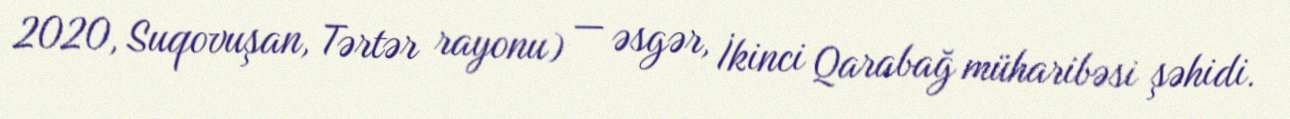
2020, Suqovuşan, Tərtər rayonu) — əsgər, İkinci Qarabağ müharibəsi şəhidi.